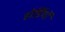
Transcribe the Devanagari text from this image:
होर्डिगों